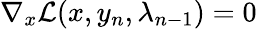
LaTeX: \nabla_{x}\mathcal{L}(x,y_{n},\lambda_{n-1})=0